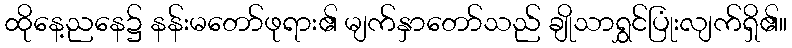
ထိုနေ့ညနေ၌ နန်းမတော်ဖုရား၏ မျက်နှာတော်သည် ချိုသာရွှင်ပြုံးလျက်ရှိ၏။